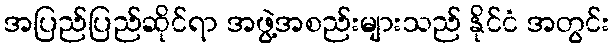
အပြည်ပြည်ဆိုင်ရာ အဖွဲ့အစည်းများသည် နိုင်ငံ အတွင်း